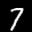
Label: 7